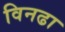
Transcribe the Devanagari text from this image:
विनढा